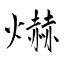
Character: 爀